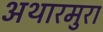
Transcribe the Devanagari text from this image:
अथारमुरा